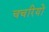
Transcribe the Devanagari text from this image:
चचरियों